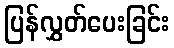
ပြန်လွှတ်ပေးခြင်း